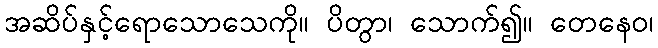
အဆိပ်နှင့်ရောသောသေကို။ ပိတွာ၊ သောက်၍။ တေနေဝ၊